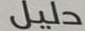
دلیل